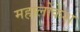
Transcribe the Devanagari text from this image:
महालोकेश